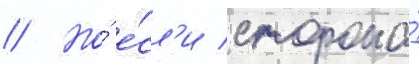
// Но́ е́сл'и сторона́